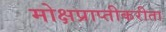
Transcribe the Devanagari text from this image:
मोक्षप्राप्तीकरीता